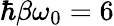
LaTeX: \hbar\beta\omega_{0}=6